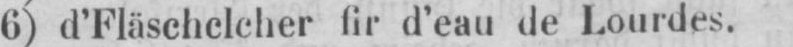
6) d’Fläschelcher fir d’eau de Lourdes.